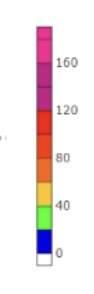
Blue: 0 to 20
Green: 20 to 40
Yellow: 40 to 60
Orange: 60 to 80
Dark Orange: 80 to 100
Red: 100 to 120
Magenta: 120 to 160
Pink: 160 to 190